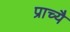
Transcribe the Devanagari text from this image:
प्राच्यै